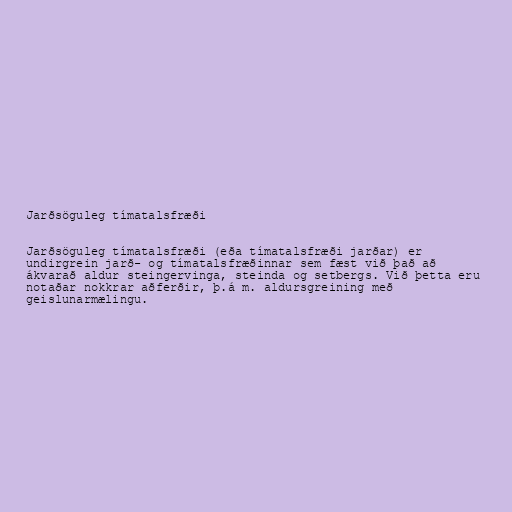
Jarðsöguleg tímatalsfræði

Jarðsöguleg tímatalsfræði (eða tímatalsfræði jarðar) er
undirgrein jarð- og tímatalsfræðinnar sem fæst við það að
ákvarað aldur steingervinga, steinda og setbergs. Við þetta eru
notaðar nokkrar aðferðir, þ.á m. aldursgreining með
geislunarmælingu.